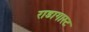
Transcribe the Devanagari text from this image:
राडागास्ट